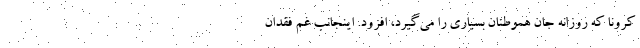
کرونا که روزانه جان هموطنان بسیاری را می‌گیرد، افزود. اینجانب غم فقدان